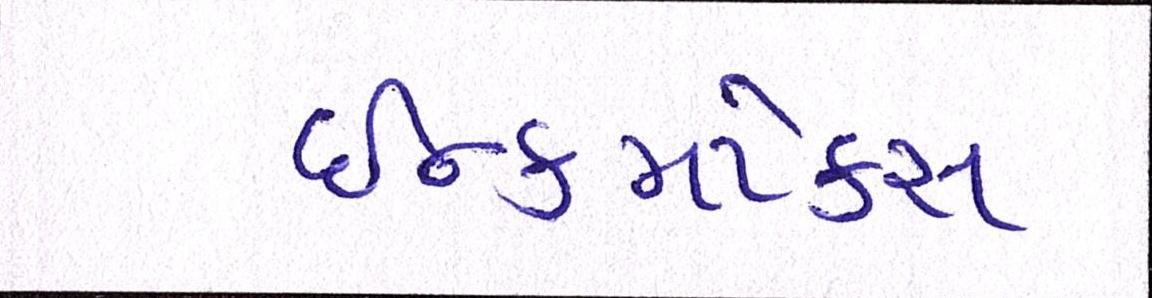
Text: ઈન્કમટેક્સ